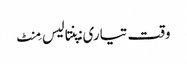
وقت تیاری: پنتالیس مِنٹ